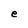
Character: e